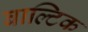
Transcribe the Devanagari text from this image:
बाल्‍टिक